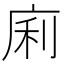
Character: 𢈱